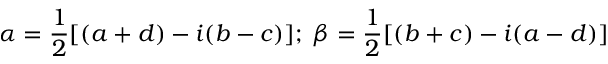
\alpha = \frac { 1 } { 2 } [ ( a + d ) - i ( b - c ) ] ; \; \beta = \frac { 1 } { 2 } [ ( b + c ) - i ( a - d ) ]